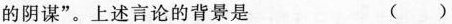
的阴谋”。上述言论的背景是 ()